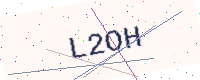
Text: L2OH